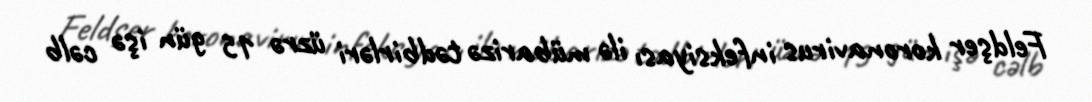
Feldşer koronavirus infeksiyası ilə mübarizə tədbirləri üzrə 15 gün işə cəlb